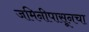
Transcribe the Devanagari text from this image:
जमिनीपासूनचा